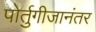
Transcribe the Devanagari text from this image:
पोर्तुगीजानंतर